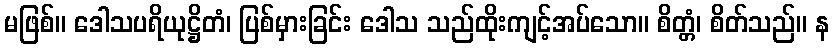
မဖြစ်။ ဒေါသပရိယုဋ္ဌိတံ၊ ပြစ်မှားခြင်း ဒေါသ သည်ထိုးကျင့်အပ်သော။ စိတ္တံ၊ စိတ်သည်။ န